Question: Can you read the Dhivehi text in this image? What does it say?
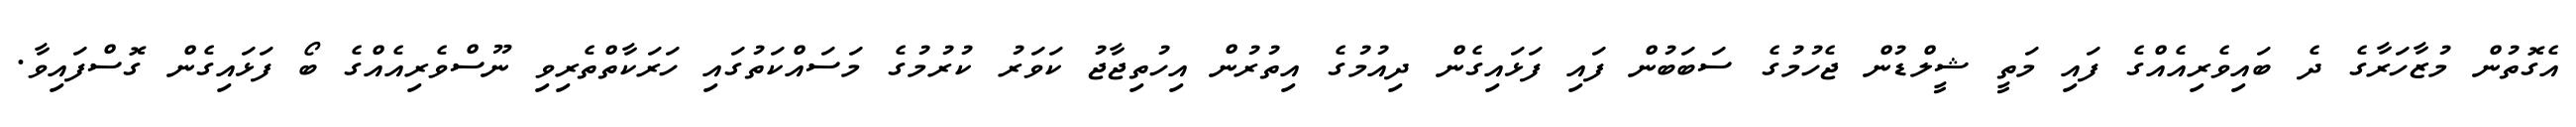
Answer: އެގޮތުން މުޒާހަރާގެ ދެ ބައިވެރިއެއްގެ ފައި މަތީ ޝީލްޑުން ޖެހުމުގެ ސަބަބުން ފައި ފަޅައިގެން ދިއުމުގެ އިތުރުން އިހުތިޖާޖު ކަވަރު ކުރުމުގެ މަސައްކަތުގައި ހަރަކާތްތެރިވި ނޫސްވެރިއެއްގެ ބޯ ފަޅައިގެން ގޮސްފައިވާ.